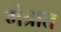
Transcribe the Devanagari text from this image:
मंत्रात